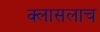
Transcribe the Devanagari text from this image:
क्लासलाच